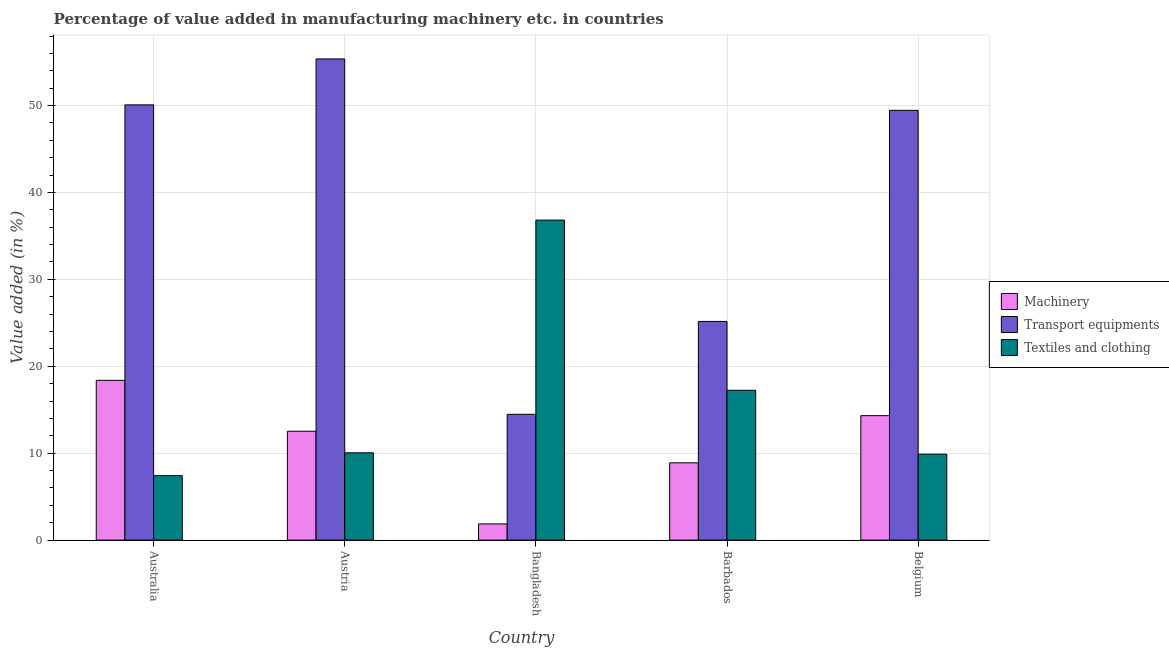
| Country | Machinery | Transport equipments | Textiles and clothing |
 | --- | --- | --- | --- |
 | Australia | 18.4 | 50.1 | 7.42 |
 | Austria | 12.5 | 55.4 | 10 |
 | Bangladesh | 1.86 | 14.5 | 36.8 |
 | Barbados | 8.89 | 25.2 | 17.2 |
 | Belgium | 14.3 | 49.4 | 9.89 |